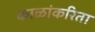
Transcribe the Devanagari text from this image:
काळांकरिता